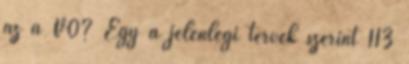
az a V0? Egy a jelenlegi tervek szerint 113